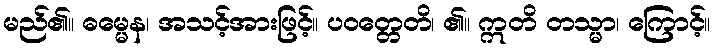
မည်၏။ ဓမ္မေန၊ အသင့်အားဖြင့်။ ပဝတ္တေတိ၊ ၏။ ဣတိ တသ္မာ၊ ကြောင့်။